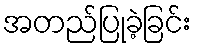
အတည်ပြုခဲ့ခြင်း